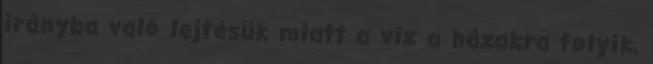
irányba való lejtésük miatt a víz a házakra folyik,